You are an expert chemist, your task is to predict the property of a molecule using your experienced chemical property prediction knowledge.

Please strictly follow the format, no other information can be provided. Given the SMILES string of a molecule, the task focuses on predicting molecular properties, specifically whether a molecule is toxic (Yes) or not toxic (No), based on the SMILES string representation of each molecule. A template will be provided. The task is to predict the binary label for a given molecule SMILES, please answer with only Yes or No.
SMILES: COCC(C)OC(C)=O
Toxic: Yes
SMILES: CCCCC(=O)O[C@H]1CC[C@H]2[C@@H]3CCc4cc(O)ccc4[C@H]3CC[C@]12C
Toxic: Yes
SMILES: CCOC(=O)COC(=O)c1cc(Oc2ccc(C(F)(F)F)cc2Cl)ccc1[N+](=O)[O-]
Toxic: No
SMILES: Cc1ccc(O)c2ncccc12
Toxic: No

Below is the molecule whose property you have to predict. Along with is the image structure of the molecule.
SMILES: COC(=O)CC#N
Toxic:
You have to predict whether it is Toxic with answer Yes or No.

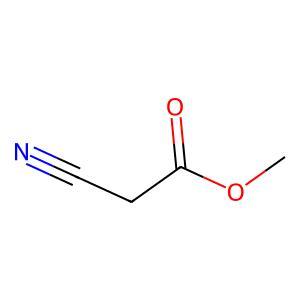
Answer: No